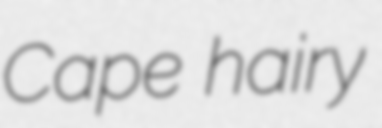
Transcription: Cape hairy